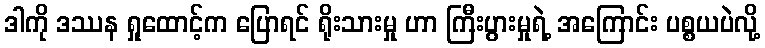
ဒါကို ဒဿန ရှုထောင့်က ပြောရင် ရိုးသားမှု ဟာ ကြီးပွားမှုရဲ့ အကြောင်း ပစ္စယပဲလို့